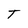
Character: T